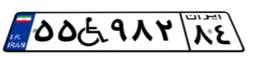
۵۵W۹۸۲۸۴